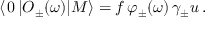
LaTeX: \langle \, 0 \, | O _ { \pm } ( \omega ) | M \rangle = f \, \varphi _ { \pm } ( \omega ) \, \gamma _ { \pm } u \, .